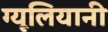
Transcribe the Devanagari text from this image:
ग्यूलियानी